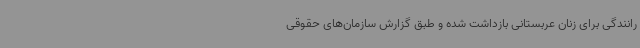
رانندگی برای زنان عربستانی بازداشت شده و طبق گزارش سازمان‌های حقوقی